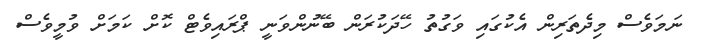
ނަމަވެސް މިދެތަރިން އެކުގައި ވަގުތު ހޭދަކުރަން ބޭނުންވަނީ ޕްރައިވެޓް ކޮށް ކަމަށް ވުމީވެސް